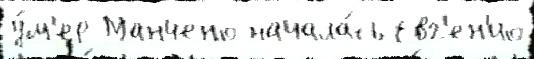
у́м'ер Манчено начала́сь Евг'ен'ио